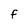
Character: F